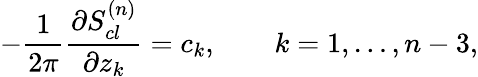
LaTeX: -{\frac{1}{2\pi}}{\frac{\partial S_{cl}^{(n)}}{\partial z_{k}}}=c_{k},\qquad k=1,\ldots,n-3,